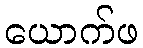
ယောက်ဖ